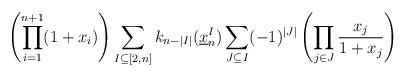
LaTeX: \begin{align*}\left( \prod_{i=1}^{n+1} (1+x_i) \right) \sum_{I\subseteq [2,n]} k_{n - |I|} (\underline x_n^I) \sum_{J\subseteq I} (-1)^{|J|} \left(\prod_{j\in J} \frac{x_j}{1+x_j} \right) \end{align*}